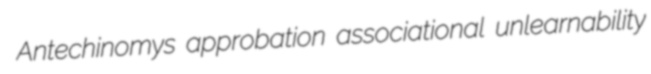
Antechinomys approbation associational unlearnability